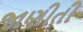
જાણીતી